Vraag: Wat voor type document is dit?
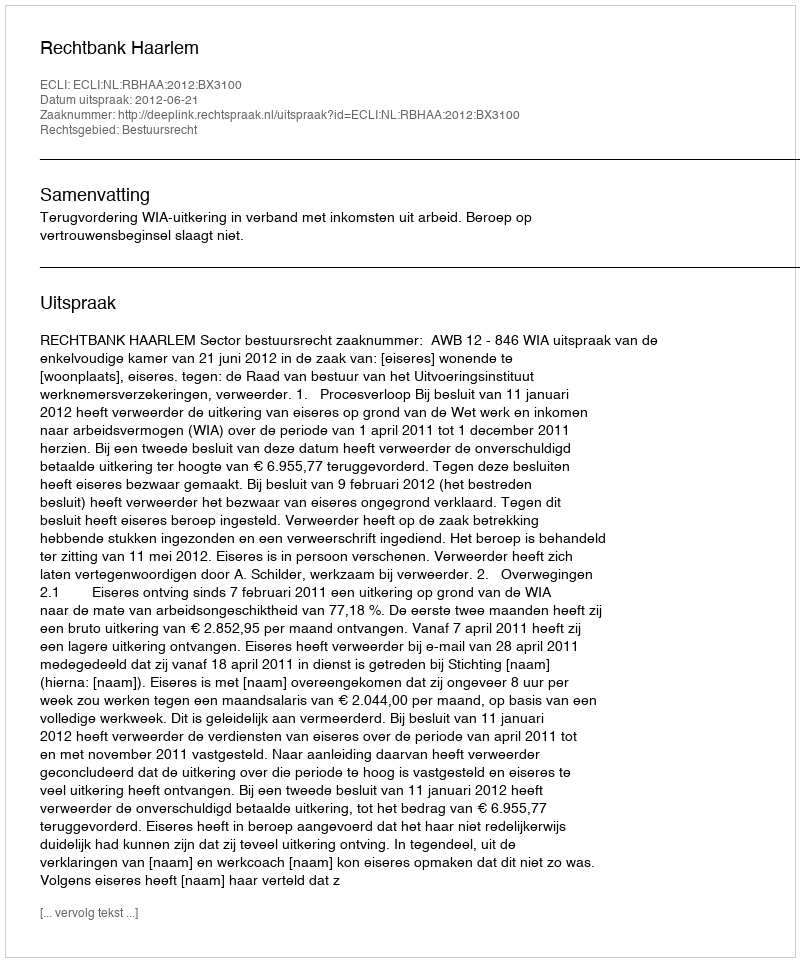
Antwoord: Uitspraak